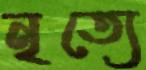
নৃত্যে